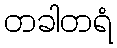
တခါတရံ